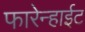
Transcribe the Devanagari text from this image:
फारेन्हाईट